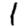
Digit: 1